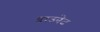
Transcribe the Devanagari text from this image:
डाउनेट